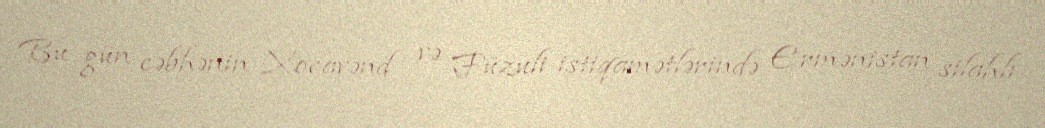
Bu gün cəbhənin Xocavənd və Füzuli istiqamətlərində Ermənistan silahlı